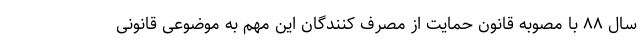
سال ۸۸ با مصوبه قانون حمایت از مصرف کنندگان این مهم به موضوعی قانونی